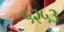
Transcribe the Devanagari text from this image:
५२५३